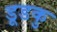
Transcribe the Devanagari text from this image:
डूडकु